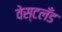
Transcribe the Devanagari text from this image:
वेस्टलँड